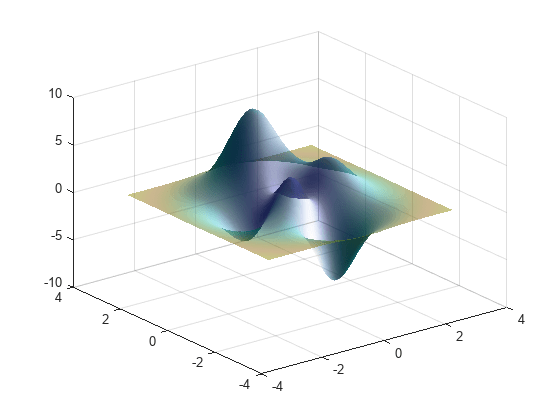
matlab, surf, alpha